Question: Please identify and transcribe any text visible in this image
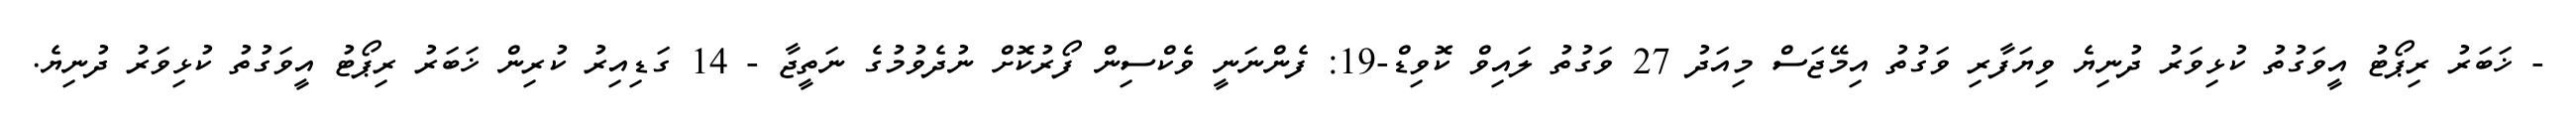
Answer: - ޚަބަރު ރިޕޯޓު އީވަގުތު ކުޅިވަރު ދުނިޔެ ވިޔަފާރި ވަގުތު އިމޭޖަސް މިއަދު 27 ވަގުތު ލައިވް ކޮވިޑް-19: ފެންނަނީ ވެކްސިން ފޯރުކޮށް ނުދެވުމުގެ ނަތީޖާ - 14 ގަޑިއިރު ކުރިން ޚަބަރު ރިޕޯޓު އީވަގުތު ކުޅިވަރު ދުނިޔެ.